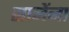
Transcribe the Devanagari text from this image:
सानेंना